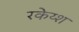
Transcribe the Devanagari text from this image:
रकेय्श